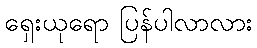
ရှေးယုရော ပြန်ပါလာလား